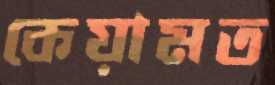
কেয়ামত